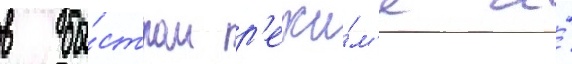
в бы́стром р'ежи́м'е и́